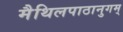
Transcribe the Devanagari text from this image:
मैथिलपाठानुगम्